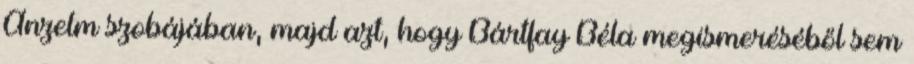
Anzelm szobájában, majd azt, hogy Bártfay Béla megismeréséből sem